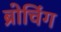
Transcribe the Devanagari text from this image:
ब्रोचिंग